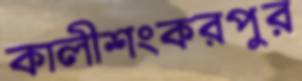
কালীশংকরপুর